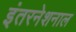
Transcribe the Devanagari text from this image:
इंतरनेशनाल